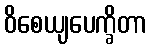
ဝိစေယျပေက္ခိတာ